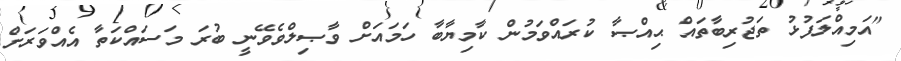
"އަމިއްލަފުޅު ތަޖުރިބާތައް ޙިއްޞާ ކުރައްވަމުން ކާމިޔާބާ ހަމައަށް ވާޞިލްވެވޭނީ ބުރަ މަސައްކަތާ އެއްވަރަށް